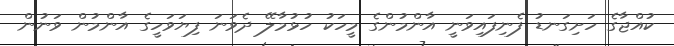
ކުއްޖާގެ ހަށިގަނޑު ފެނިފައިވަނީ އާންމުންގެ މީހަކު ހުޅުމާލޭ ދެވަނަ ފިޔަވަހީގެ އާންމުން ވަނުން